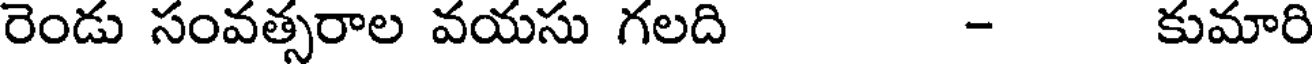
రెండు సంవత్సరాల వయసు గలది - కుమారి